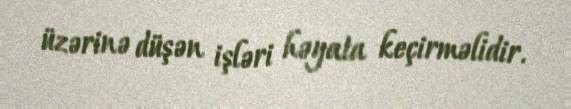
üzərinə düşən işləri həyata keçirməlidir.